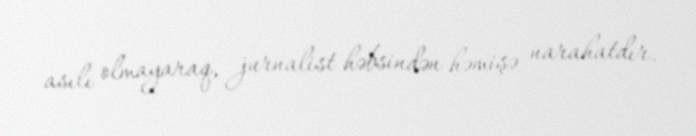
asılı olmayaraq, jurnalist həbsindən həmişə narahatdır.